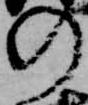
の